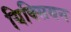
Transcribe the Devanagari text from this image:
यिक्सियन